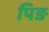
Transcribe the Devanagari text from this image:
पिङ